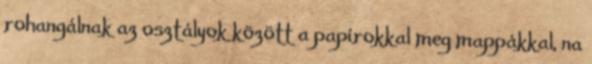
rohangálnak az osztályok között a papírokkal meg mappákkal, na